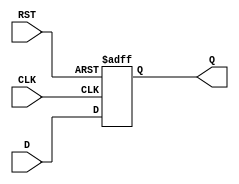
module FlipFlopRegister #(parameter N = 8) (
    input  wire [N-1:0] D,     // Data Input
    input  wire CLK,           // Clock
    input  wire RST,           // Asynchronous Reset
    output reg  [N-1:0] Q      // Data Output
);

// Asynchronous Reset
always @(posedge CLK or posedge RST) begin
    if (RST) begin
        Q <= {N{1'b0}}; // Clear the register to 0
    end else begin
        Q <= D;         // Load input data into the register at clock edge
    end
end

endmodule